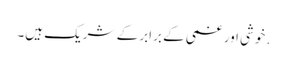
. خوشی اور غمی کے برابر کے شریک ہیں۔